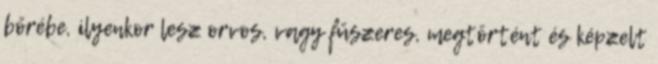
bőrébe, ilyenkor lesz orvos, vagy fűszeres, megtörtént és képzelt